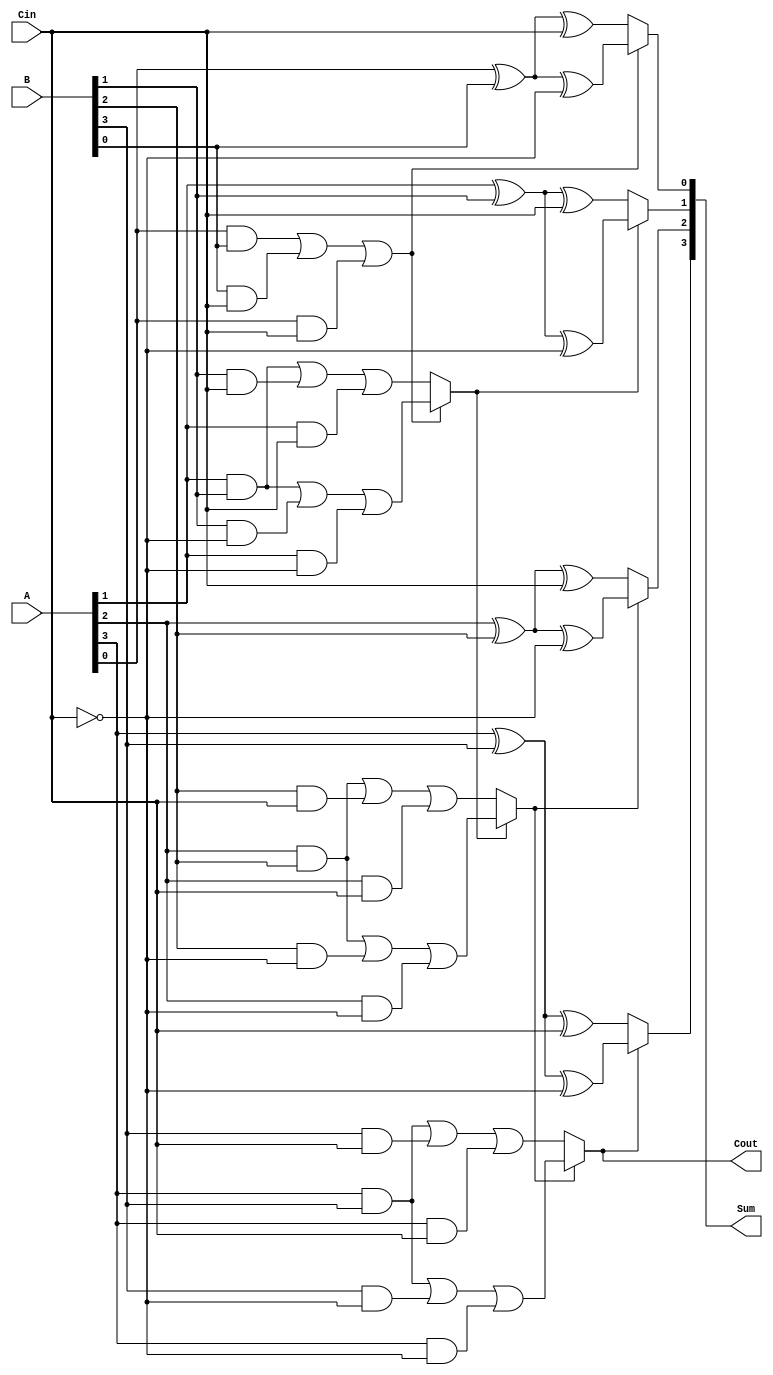
module ConditionalSumAdder #(
    parameter n = 4 // Parameter for number of bits
)(
    input  [n-1:0] A,    // First n-bit input
    input  [n-1:0] B,    // Second n-bit input
    input         Cin,    // Carry input
    output [n-1:0] Sum,   // n-bit sum output
    output        Cout     // Carry output
);

    wire [n-1:0] S0;       // Partial sums when Cin = 0
    wire [n-1:0] S1;       // Partial sums when Cin = 1
    wire [n-1:0] C0;       // Carry outputs when Cin = 0
    wire [n-1:0] C1;       // Carry outputs when Cin = 1
    wire [n-1:0] Carry;    // Intermediate carry signals for MUX selection

    genvar i;

    // Generate partial sums and carries
    generate
        for (i = 0; i < n; i = i + 1) begin : CSA_BITS
            // Partial sums
            assign S0[i] = A[i] ^ B[i] ^ Cin;               // S0[i] when Cin = 0
            assign S1[i] = A[i] ^ B[i] ^ ~Cin;              // S1[i] when Cin = 1
            
            // Carry generation
            assign C0[i] = (A[i] & B[i]) | (B[i] & Cin) | (A[i] & Cin); // Carry when Cin = 0
            assign C1[i] = (A[i] & B[i]) | (B[i] & ~Cin) | (A[i] & ~Cin); // Carry when Cin = 1
        end
    endgenerate

    // Carry select logic
    assign Carry[0] = C0[0]; // The carry out from the least significant bit
    generate
        for (i = 1; i < n; i = i + 1) begin : CARRY_SELECT
            // Use MUX to select the carry based on previous carry
            assign Carry[i] = Carry[i-1] ? C1[i] : C0[i];
        end
    endgenerate

    // Final sum selection
    generate
        for (i = 0; i < n; i = i + 1) begin : FINAL_SUM
            assign Sum[i] = Carry[i] ? S1[i] : S0[i];
        end
    endgenerate

    // Final carry output is the carry from the last bit
    assign Cout = Carry[n-1];

endmodule